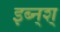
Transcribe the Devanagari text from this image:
इब्न्‌श्